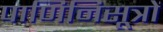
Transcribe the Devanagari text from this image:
पाणिनिसूत्रों